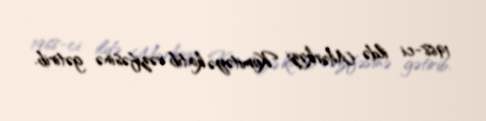
1968-ci ildə Mərkəzi Komitəyə katib vəzifəsinə gətirib.